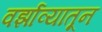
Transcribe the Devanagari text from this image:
वर्झाव्यातून